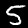
Digit: 5